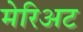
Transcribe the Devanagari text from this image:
मेरिअट